Indian journal of veterinary science and animal husbandry - Volume 13,
Year: 1943
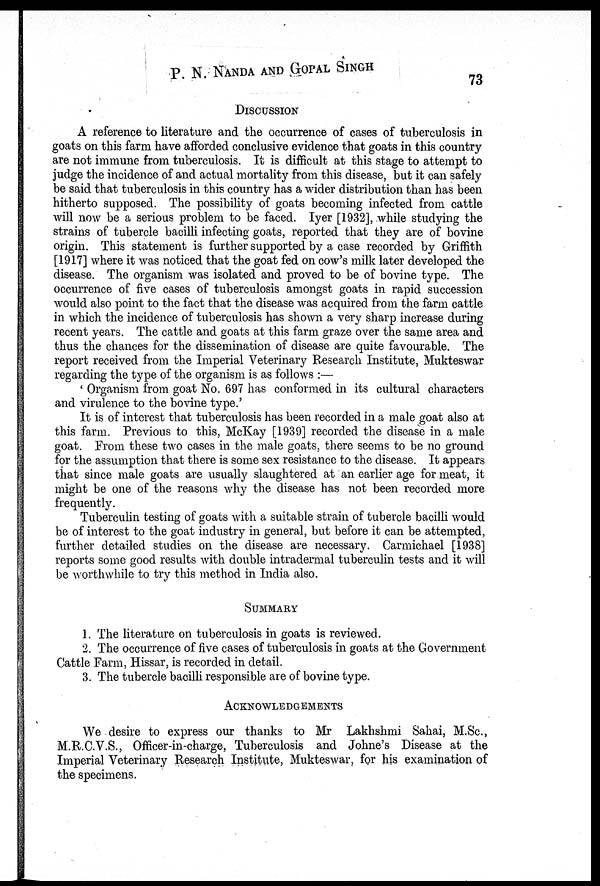
P. N. NANDA AND GOPAL SINGH 73
DISCUSSION
A reference to literature and the occurrence of cases of tuberculosis in
goats on this farm have afforded conclusive evidence that goats in this country-
are not immune from tuberculosis. It is difficult at this stage to attempt to
judge the incidence of and actual mortality from this disease, but it can safely
be said that tuberculosis in this country has a wider distribution than has been
hitherto supposed. The possibility of goats becoming infected from cattle
will now be a serious problem to be faced. Iyer [1932], while studying the
strains of tubercle bacilli infecting goats, reported that they are of bovine
origin. This statement is further supported by a case recorded by Griffith
[1917] where it was noticed that the goat fed on cow's milk later developed the
disease. The organism was isolated and proved to be of bovine type. The
occurrence of five cases of tuberculosis amongst goats in rapid succession
would also point to the fact that the disease was acquired from the farm cattle
in which the incidence of tuberculosis has shown a very sharp increase during
recent years. The cattle and goats at this farm graze over the same area and
thus the chances for the dissemination of disease are quite favourable. The
report received from the Imperial Veterinary Research Institute, Mukteswar
regarding the type of the organism is as follows :—
' Organism from goat No. 697 has conformed in its cultural characters
and virulence to the bovine type.'
It is of interest that tuberculosis has been recorded in a male goat also at
this farm. Previous to this, McKay [1939] recorded the disease in a male
goat. From these two cases in the male goats, there seems to be no ground
for the assumption that there is some sex resistance to the disease. It appears
that since male goats are usually slaughtered at an earlier age for meat, it
might be one of the reasons why the disease has not been recorded more
frequently.
Tuberculin testing of goats with a suitable strain of tubercle bacilli would
be of interest to the goat industry in general, but before it can be attempted,
further detailed studies on the disease are necessary. Carmichael [1938]
reports some good results with double intradermal tuberculin tests and it will
be worthwhile to try this method in India also.
SUMMARY
1. The literature on tuberculosis in goats is reviewed.
2. The occurrence of five cases of tuberculosis in goats at the Government
Cattle Farm, Hissar, is recorded in detail.
3. The tubercle bacilli responsible are of bovine type.
ACKNOWLEDGEMENTS
We desire to express our thanks to Mr Lakhshmi Sahai, M.Sc.,
M.R.C.V.S., Officer-in-charge, Tuberculosis and Johne's Disease at the
Imperial Veterinary Research Institute, Mukteswar, for his examination of
the specimens.